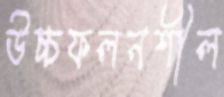
উচ্চফলনশীল